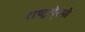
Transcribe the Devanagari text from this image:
राष्ट्रपे्रमी